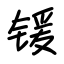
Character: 锾